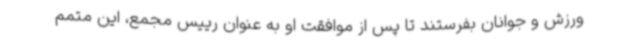
ورزش و جوانان بفرستند تا پس از موافقت او به عنوان رییس مجمع، این متمم